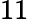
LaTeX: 11